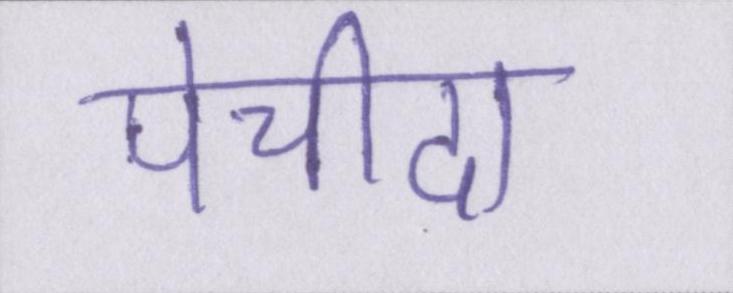
पेचीदा